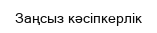
Заңсыз кәсіпкерлік